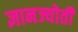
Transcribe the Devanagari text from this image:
ज्ञानज्योती